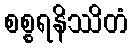
စစ္စရနိဿိတံ